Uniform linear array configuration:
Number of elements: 12
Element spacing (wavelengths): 0.5
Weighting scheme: blackman
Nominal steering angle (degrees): -45
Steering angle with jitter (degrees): -44.078
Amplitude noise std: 0.05
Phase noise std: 0.05

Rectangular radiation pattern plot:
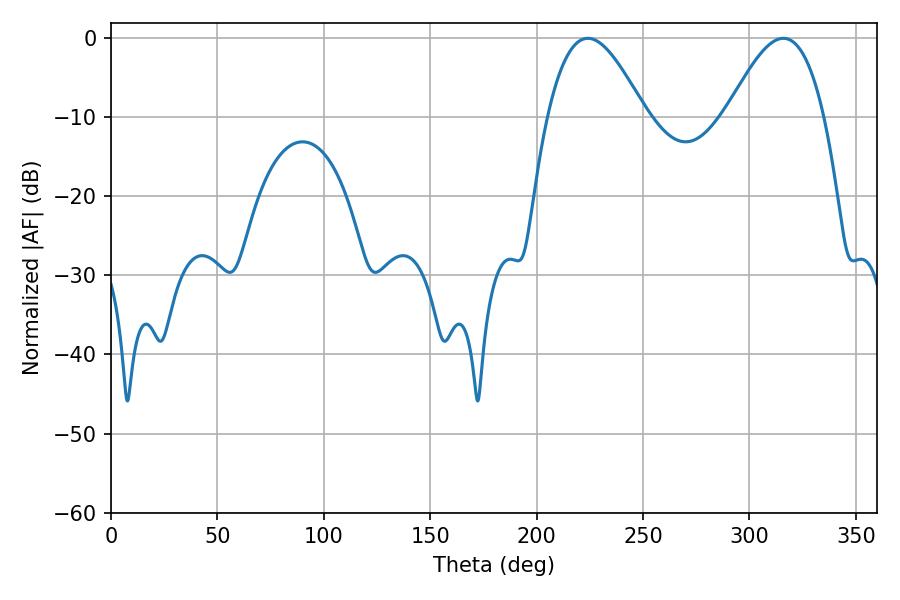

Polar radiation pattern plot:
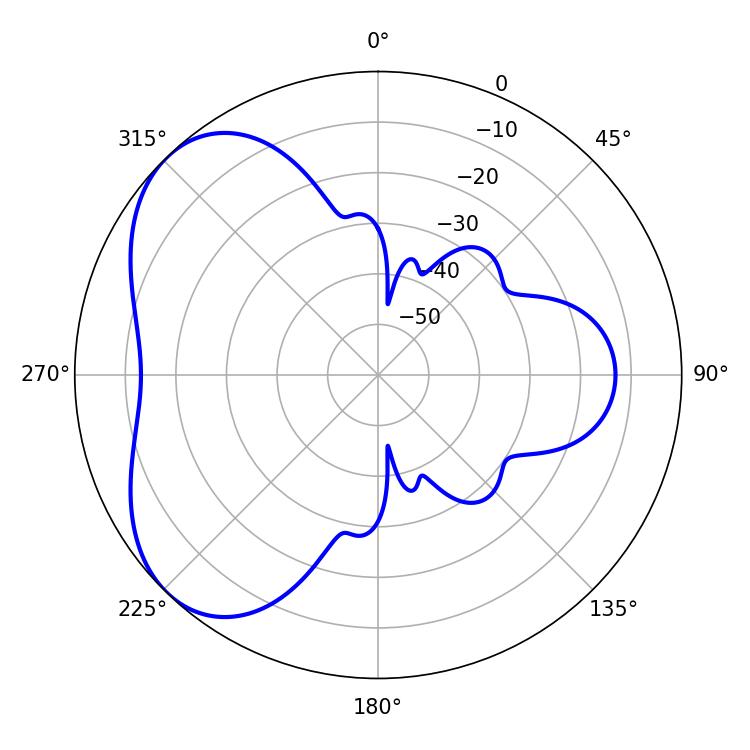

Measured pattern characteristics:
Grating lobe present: FALSE
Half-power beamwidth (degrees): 24.84
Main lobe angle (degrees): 224.1